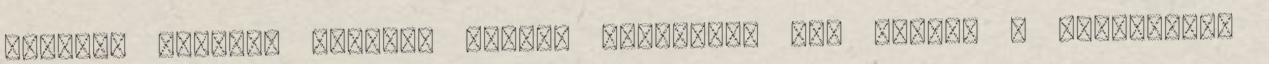
langyos vízzel. Remélem tudtam segíteni. Sok örömet a kutyushoz.